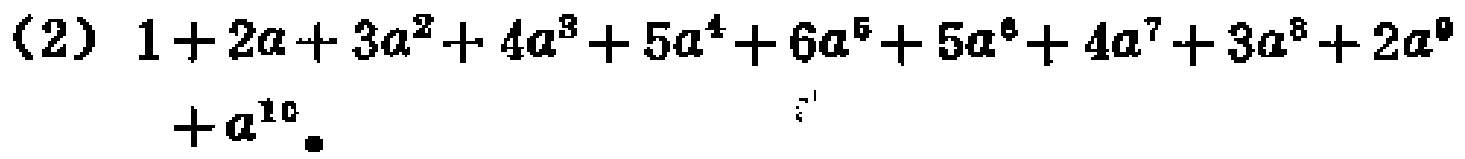
(2) \(1 + 2a+3a^{2}+4a^{3}+5a^{4}+6a^{5}+5a^{6}+4a^{7}+3a^{8}+2a^{9}+a^{10}\)